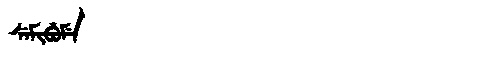
Manchu: ᠰᡝᠮᡳᠪᡠᠮᡝ
Romanization: SEMIBUME